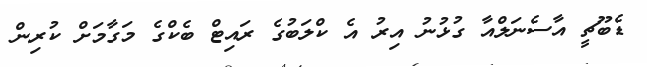
ޑެބޫޗީ އާސެނަލްއާ ގުޅުނު އިރު އެ ކްލަބުގެ ރައިޓް ބެކްގެ މަގާމަށް ކުރިން